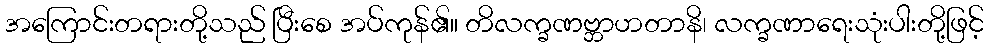
အကြောင်းတရားတို့သည် ပြီးစေ အပ်ကုန်၏။ တိလက္ခဏဗ္ဘာဟတာနိ၊ လက္ခဏာရေးသုံးပါးတို့ဖြင့်